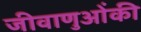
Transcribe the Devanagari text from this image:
जीवाणुओंकी